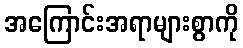
အကြောင်းအရာများစွာကို